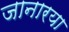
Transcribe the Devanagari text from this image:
जानारया